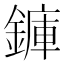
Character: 龲